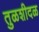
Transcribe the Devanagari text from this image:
तुळशीदळ